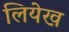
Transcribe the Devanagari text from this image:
लियेख